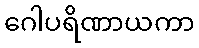
ဂေါပရိဏာယကာ